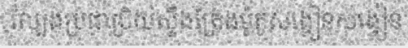
ល្បែងប្រជាប្រិយស្ទឹងត្រែងម៉ូតូសង្វៀនសង្វៀន